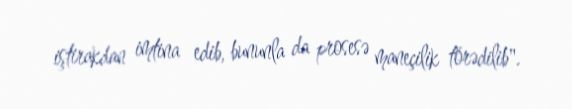
iştirakdan imtina edib, bununla da prosesə maneçilik törədilib".